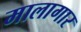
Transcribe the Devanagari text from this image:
मालागार